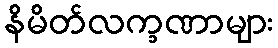
နိမိတ်လက္ခဏာများ